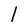
Character: l